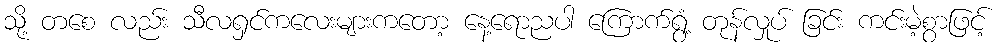
သို့ တစေ လည်း သီလရှင်ကလေးများကတော့ နေ့ရောညပါ ကြောက်ရွံ့ တုန်လှုပ် ခြင်း ကင်းမဲ့စွာဖြင့်